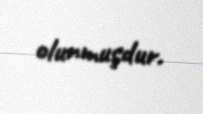
olunmuşdur.